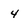
Character: 4